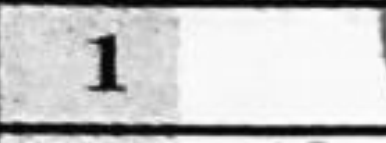
Transcription: e4